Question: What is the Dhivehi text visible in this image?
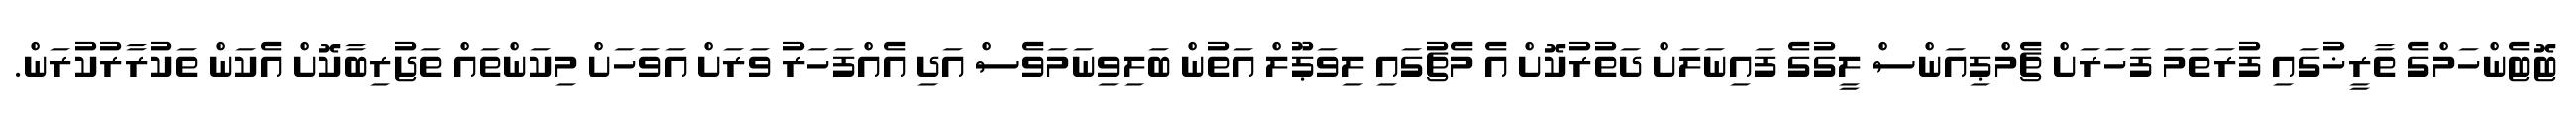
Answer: ޓޮޓެންހަމްގެ ތާރީޚުގައި ފުރަތަމަ ފަހަރަށް ޗެމްޕިއަންސް ލީގުގެ ފައިނަލަށް ދަތުރުކޮށް އެ މެޗުގައި ލިވަޕޫލް އަތުން ބަލިވިނަމަވެސް އަދި އެއްފަހަރު ވަރަށް އަވަހަށް މިކަންތައް ތަޖުރިބާކޮށް އެކަން ތަކުރާރުކުރަން.